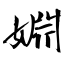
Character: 婣